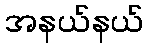
အနယ်နယ်